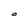
Character: O